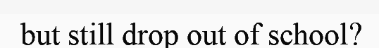
but still drop out of school?